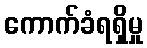
ကောက်ခံရရှိမှု